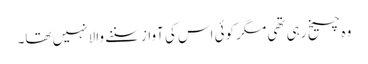
وہ چیخ رہی تھی مگر کوئی اس کی آواز سننے والا نہیں تھا۔